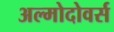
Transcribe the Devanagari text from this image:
अल्मोदोवर्स